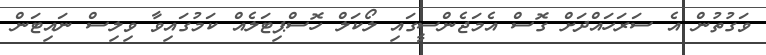
ވަގުތުން އެ ސަރަހައްދަށް ގޮސް އެމަޖެންސީގައި ލޯކަލް ހޮސްޕިޓަލެއް ކަމުގައިވާ ވިލިސް ނައިޓަން